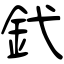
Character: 釴